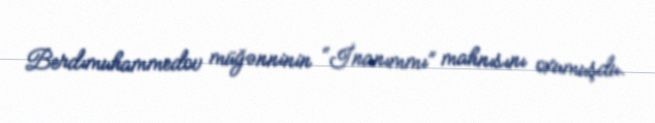
Berdımuhammedov müğənninin “İnanımmı” mahnısını oxumuşdu.